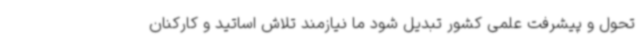
تحول و پیشرفت علمی کشور تبدیل شود ما نیازمند تلاش اساتید و کارکنان